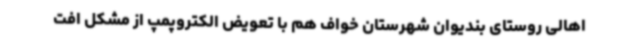
اهالی روستای بندیوان شهرستان خواف هم با تعویض الکتروپمپ از مشکل افت